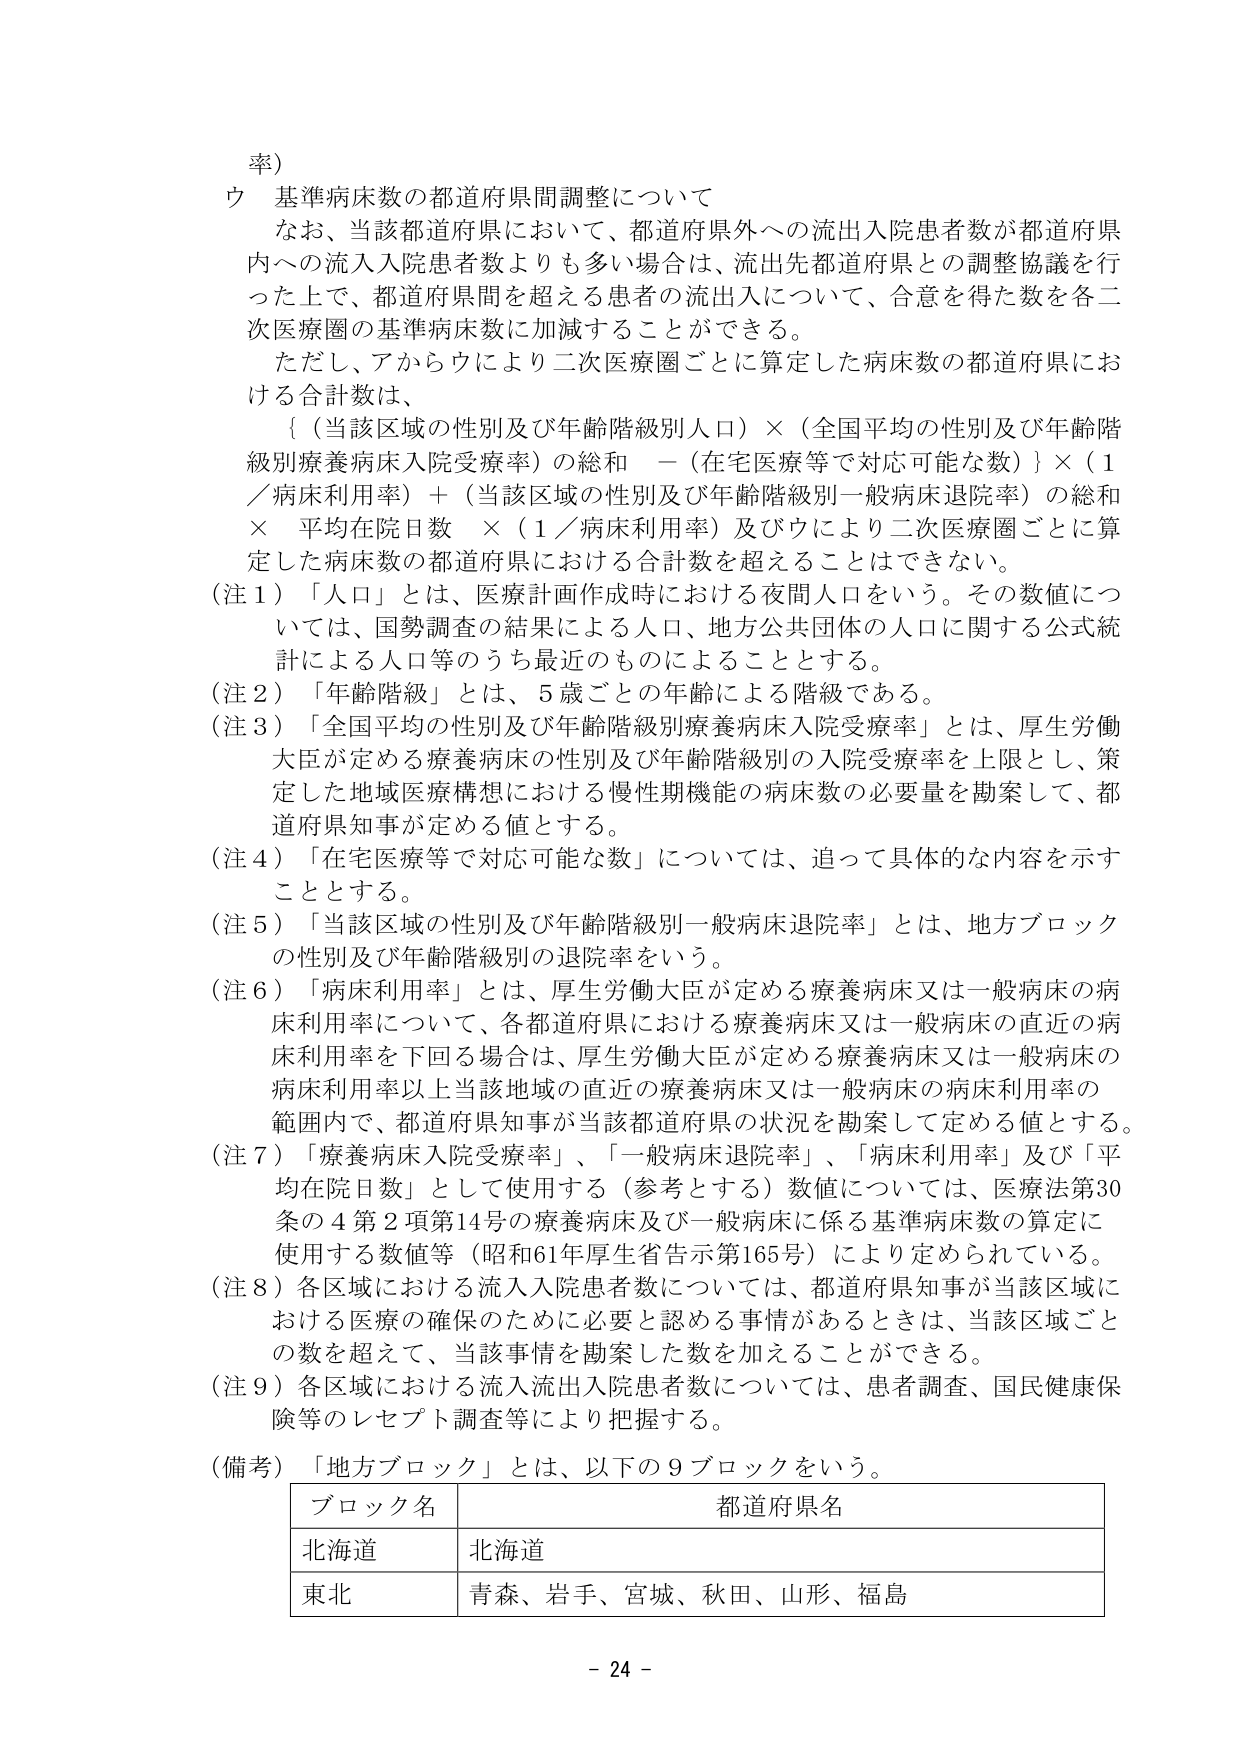
率）

ウ 基準病床数の都道府県間調整について

　なお、当該都道府県において、都道府県外への流出入院患者数が都道府県内への流入入院患者数よりも多い場合は、流出先都道府県との調整協議を行った上で、都道府県間を超える患者の流出入について、合意を得た数を各二次医療圏の基準病床数に加減することができる。

　ただし、アからウにより二次医療圏ごとに算定した病床数の都道府県における合計数は、

　｛（当該区域の性別及び年齢階級別人口）×（全国平均の性別及び年齢階級別療養病床入院受療率）の総和 －（在宅医療等で対応可能な数）｝×（1／病床利用率）＋（当該区域の性別及び年齢階級別一般病床退院率）の総和 × 平均在院日数 ×（1／病床利用率）及びウにより二次医療圏ごとに算定した病床数の都道府県における合計数を超えることはできない。

（注１）「人口」とは、医療計画作成時における夜間人口をいう。その数値については、国勢調査の結果による人口、地方公共団体の人口に関する公式統計による人口等のうち最近のものによることとする。

（注２）「年齢階級」とは、5歳ごとの年齢による階級である。

（注３）「全国平均の性別及び年齢階級別療養病床入院受療率」とは、厚生労働大臣が定める療養病床の性別及び年齢階級別の入院受療率を上限とし、策定した地域医療構想における慢性期機能の病床数の必要量を勘案して、都道府県知事が定める値とする。

（注４）「在宅医療等で対応可能な数」については、追って具体的な内容を示すこととする。

（注５）「当該区域の性別及び年齢階級別一般病床退院率」とは、地方ブロックの性別及び年齢階級別の退院率をいう。

（注６）「病床利用率」とは、厚生労働大臣が定める療養病床又は一般病床の病床利用率について、各都道府県における療養病床又は一般病床の直近の病床利用率を下回る場合は、厚生労働大臣が定める療養病床又は一般病床の病床利用率以上当該地域の直近の療養病床又は一般病床の病床利用率の範囲内で、都道府県知事が当該都道府県の状況を勘案して定める値とする。

（注７）「療養病床入院受療率」、「一般病床退院率」、「病床利用率」及び「平均在院日数」として使用する（参考とする）数値については、医療法第30条の4第2項第14号の療養病床及び一般病床に係る基準病床数の算定に使用する数値等（昭和61年厚生省告示第165号）により定められている。

（注８）各区域における流入入院患者数については、都道府県知事が当該区域における医療の確保のために必要と認める事情があるときは、当該区域ごとの数を超えて、当該事情を勘案した数を加えることができる。

（注９）各区域における流入流出入院患者数については、患者調査、国民健康保険等のレセプト調査等により把握する。

（備考）「地方ブロック」とは、以下の9ブロックをいう。

　　ブロック名　　　　　　　　　都道府県名
　　北海道　　　　　　　　　　北海道
　　東北　　　　　　　　　　青森、岩手、宮城、秋田、山形、福島

　　- 24 -